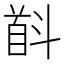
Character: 𱄋